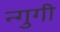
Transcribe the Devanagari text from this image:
न्गुगी